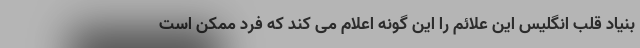
بنیاد قلب انگلیس این علائم را این گونه اعلام می کند که فرد ممکن است